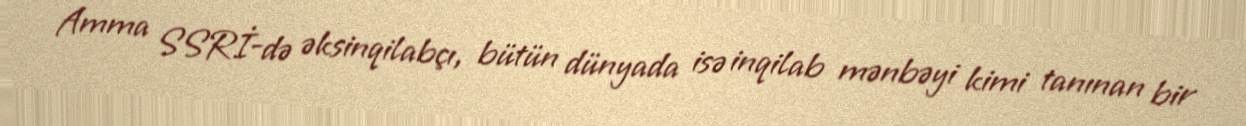
Amma SSRİ-də əksinqilabçı, bütün dünyada isə inqilab mənbəyi kimi tanınan bir